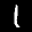
Label: 1